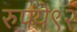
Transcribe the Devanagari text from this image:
रुपये९२